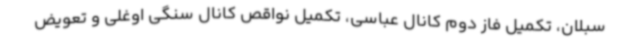
سبلان، تکمیل فاز دوم کانال عباسی، تکمیل نواقص کانال سنگی اوغلی و تعویض